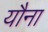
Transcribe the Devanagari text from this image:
यौना